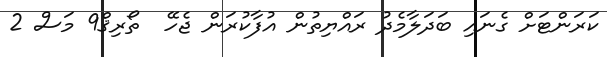
ކަރަންޓަށް ގެނައި ބަދަލާމެދު ރައްޔިތުން އުފާކުރަން ޖެހޭ  ތޯރިޤް9 މަސް 2